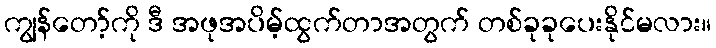
ကျွန်တော့်ကို ဒီ အဖုအပိမ့်ထွက်တာအတွက် တစ်ခုခုပေးနိုင်မလား။